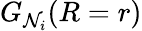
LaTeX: G_{\mathcal{N}_{i}}(R=r)